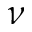
\nu